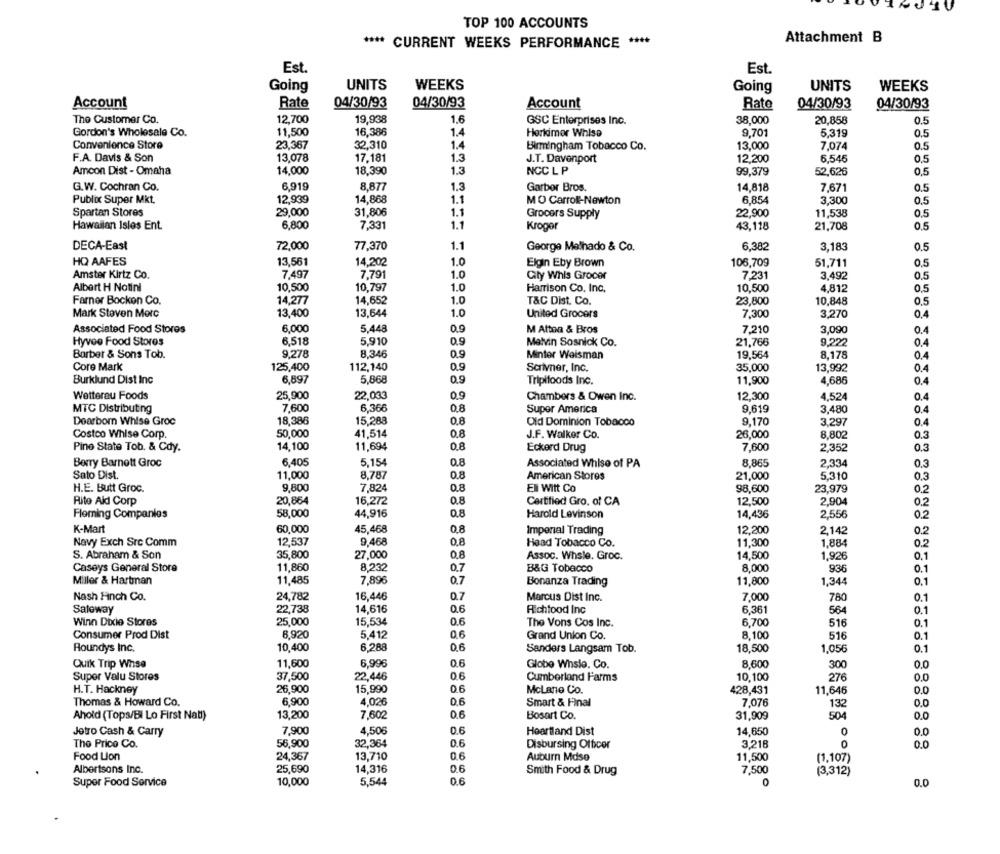
TOP 100 ACCOUNTS
**** CURRENT WEEKS PERFORMANCE ****
Attachment B
Est.
Est.
UNITS
WEEKS
UNITS
WEEKS
Going
Going
04/30/93
04/30/93
Account
Rate
Account
Rate
04/30/93
04/30/93
The Customer Co.
12,700
19,938
1,6
GSC Enterprises Inc.
38,000
20,858
0.5
Gordon's Wholesale Co.
11,500
16,386
Herkimer Whise
9,701
5,319
0.5
Convenience Store
23,367
32,310
1.4
Birmingham Tobacco Co.
13,000
7,074
0.5
F.A. Davis & Son
13,078
17,181
1.3
J.T. Davenport
12,200
6,546
0,5
Amcon Dist - Omaha
14,000
18,390
1.3
NCC L P
99,379
52,626
0,5
G.W. Cochran Co.
6,919
8,877
1.3
Garbor Bros.
14,818
7,671
0.5
Publix Super Mkt.
12,939
14,868
1.1
MO Carroll-Newton
6,854
3,300
0.5
Spartan Stores
29,000
31,806
1.1
Grocers Supply
22.900
11,538
0.5
Hawaiian Isles Ent.
6,800
7,331
1.1
Kroger
43,118
21,708
0.5
DECA-East
72,000
77,370
1.1
George Malhado & Co.
6.382
3,183
0.5
HQ AAFES
13,561
14,202
1.0
Elgin Eby Brown
106,709
51,711
0.5
Amster Kirtz Co.
7.497
7.791
1.0
7.231
0.5
City Whis Grocer
3,492
Albert H Notini
10,500
10,797
1.0
Harrison Co. Inc.
10,500
4,812
0.5
Farner Bocken Co.
14,277
14,652
1.0
23,800
10,848
T&C Dist. Co.
0.5
Mark Steven Merc
13,400
13,644
1.0
United Grocers
7,300
3,270
0.4
Associated Food Stores
6.000
5.448
0.9
M Attna & Bros
7.210
3,090
0.4
Hyvee Food Stores
6.518
5,910
0.9
Melvin Sosnick Co.
21,766
9,222
Barber & Sons Tob.
9.278
8,346
0.9
Minter Weisman
19,564
8,178
0.4
Core Mark
125,400
112,140
0.9
Saivner, Inc.
35,000
13,992
0.4
Burklund Dist Inc
6,897
5,868
0.9
Tripifoods Inc.
11,900
4,686
0.4
Wetterau Foods
25,900
22,033
0.9
Chambers & Owen Inc.
12,300
4.524
0.4
MTC Distributing
7,600
6,366
0.8
Super America
9.619
3,480
0.4
18,386
15.288
0.8
9.170
Dearborn Whise Groc
Old Dominion Tobacco
3.297
0.4
Costco Whise Corp.
50,000
41,514
0.8
J.F. Walker Co.
26,000
8,802
0.3
14,100
0.8
Pino State Tob. & Cdy.
11,694
Eckerd Drug
7,600
2,352
Berry Barnett Groc
6,405
5,154
0.8
8.865
2.334
0.3
Associated Whise of PA
Sato Dist.
11,000
8,787
0.8
American Stores
21,000
5,310
0.3
H.E. Butt Groc.
9,800
7,824
0.8
Eli Wilt Co
98,600
23,979
0.2
Rite Aid Corp
20,864
16,272
0.8
Certified Gro. of CA
12,500
2,904
0.2
Fleming Companies
58,000
44,916
Harold Levinson
14,436
2,556
0.8
0.2
K-Mart
60,000
45,468
0.8
Imperial Trading
12,200
2,142
0.2
Navy Exch Src Comm
12,537
9,468
0,8
Head Tobacco Co.
11,300
1,884
0.2
S. Abraham & Son
35,800
27,000
0,8
Assoc. Whsle. Groc.
14,500
1,926
0.1
Caseys General Store
11,860
8,232
0.7
B&G Tobacco
8,000
936
0.1
Miller & Hartman
11,485
7,896
0.7
Bonanza Trading
11,800
1,344
0,1
Nash Hinch Co.
24,782
16,446
0.7
Marcus Dist Inc.
7,000
780
0.1
14,616
0.6
Safeway
22,738
Richtood Inc
6.361
564
0.1
Winn Dixie Stores
25,000
15,534
0.6
The Vons Cos Inc.
6,700
516
0.1
0.6
Consumer Prod Dist
8,920
5,412
Grand Union Co.
8,100
516
0.1
Roundys Inc.
10,400
6.288
0.6
Sanders Langsam Tob.
18.500
1,056
0.1
Quik Trip Whse
11,600
6,996
0.6
Globe Whsle. Co.
8.600
300
0.0
Super Valu Stores
37,500
22,446
0.6
Cumberland Farms
10,100
276
O.C
H.T. Hackney
26,900
15,990
0.6
McLane Co.
428,431
11,646
0.0
Thomas & Howard Co.
6,900
4,026
0.6
Smart & Final
7,076
132
O.C
Ahold (Tops/Bl Lo First Nat)
13,200
7,602
0.6
Bosart Co.
31,909
504
O.C
Jetro Cash & Carry
7,900
4.506
0.6
Heartland Dist
14,650
0.0
The Price Co.
56,900
32,364
0.6
3.218
0
Disbursing Officer
0.0
Food Lion
24,367
13,710
0.6
Auburn Mdse
11,500
(1,107)
Albertsons Inc.
25,690
14,316
06
7,500
Smith Food & Drug
(3,312)
Super Food Service
10,000
5,544
0.6
0
0.0